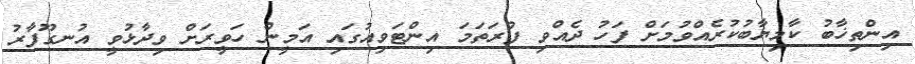
އިންތިޚާބު ކާމިޔާބުކުރެއްވުމަށް ފަހު ދެއްވި ފުރަތަމަ އިންޓަވިއުގައި އަމީން ހަވީރަށް ވިދާޅުވީ އުނގޫފާރު